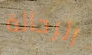
الرحالة